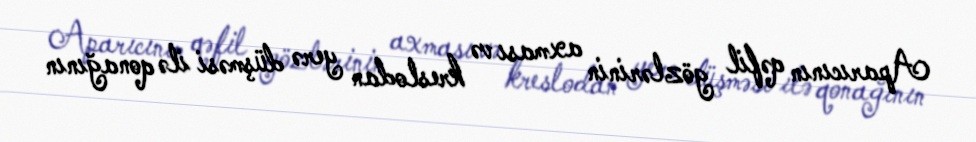
Aparıcının qəfil gözlərinin axması və kreslodan yerə düşməsi ilə qonağının